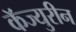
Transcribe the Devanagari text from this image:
कॅज्युरीन